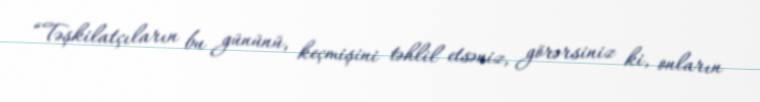
“Təşkilatçıların bu gününü, keçmişini təhlil etsəniz, görərsiniz ki, onların